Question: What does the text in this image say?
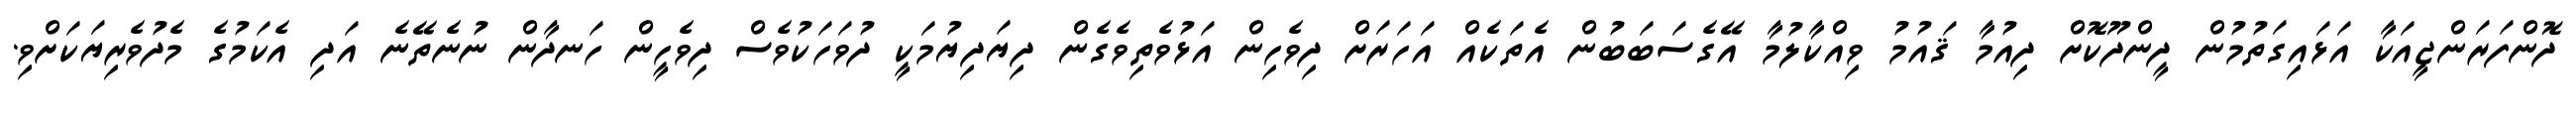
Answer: ދޮންފަރަންޖީއަކާ އަޅައިގަތުމުން ދީންދޫކޮށް ދިއުމާ ޤައުމު ވިއްކާލުމާ އޭގެސަބަބުން އެތަކެއް އަހަރަށް ދިވެހިން އަޅުވެތިވެގެން ދިޔަދިޔުމަކީ ދުވަހަކުވެސް ދިވެހީން ހަނދާން ނުނެތޭނެ އަދި އެކަމުގެ މެދުވެރިޔަކަށްވި.